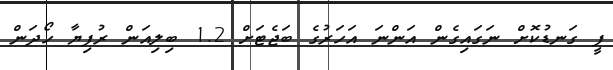
ފީ ގަނޑުކޮށް ނަގައިގެން އަންނަ އަހަރުގެ ބަޖެޓަށް 1.2 ބިލިއަން ރުފިޔާ ހޯދަން